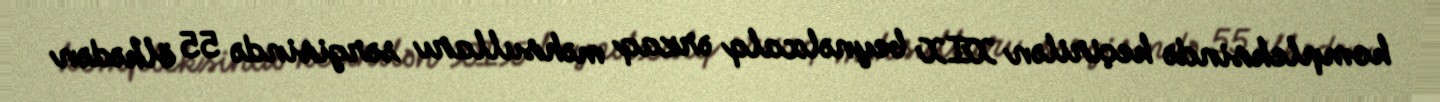
kompleksində keçirilən XIX beynəlxalq ərzaq məhsulları sərgisində 55 ölkədən